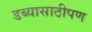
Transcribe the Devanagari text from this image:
डब्यासाठीपण